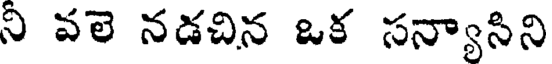
ని వలె నడచిన ఒక సన్యాసిని